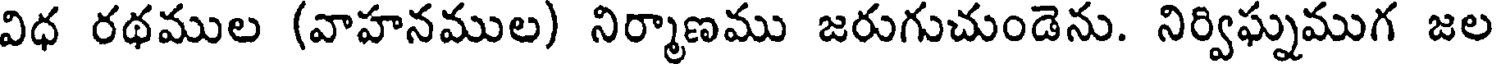
విధ రథముల (వాహనముల) నిర్మాణము జరుగుచుండెను. నిర్విఘ్నముగ జల